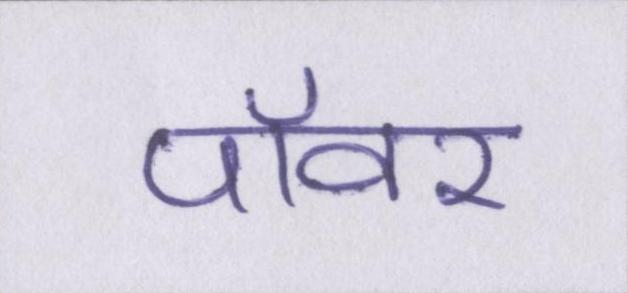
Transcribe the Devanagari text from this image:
पॉवर